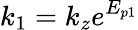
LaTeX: k_{1}=k_{z}e^{E_{p1}}